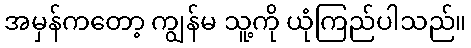
အမှန်ကတော့ ကျွန်မ သူ့ကို ယုံကြည်ပါသည်။